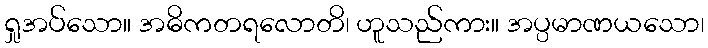
ရှုအပ်သော။ အဓိကတရလောတိ၊ ဟူသည်ကား။ အပ္ပမာဏယသော၊